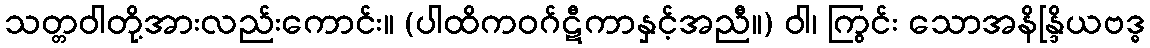
သတ္တဝါတို့အားလည်းကောင်း။ (ပါထိကဝဂ်ဋီကာနှင့်အညီ။) ဝါ၊ ကြွင်း သောအနိန္ဒြိယဗဒ္ဓ